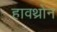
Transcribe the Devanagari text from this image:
हावथ्रोन